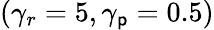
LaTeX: (\gamma_{r}=5,\gamma_{\mathsf{p}}=0.5)